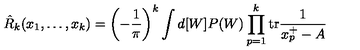
\hat { R } _ { k } ( x _ { 1 } , \ldots , x _ { k } ) = \left( - \frac { 1 } { \pi } \right) ^ { k } \int d [ W ] P ( W ) \prod _ { p = 1 } ^ { k } \mathrm { t r } \frac { 1 } { x _ { p } ^ { + } - A }